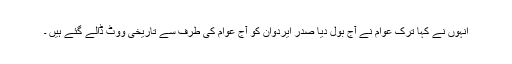
انہوں نے کہا ترک عوام نے آج بول دیا صدر ایردوان کو آج عوام کی طرف سے تاریخی ووٹ ڈالے گئے ہیں ۔